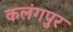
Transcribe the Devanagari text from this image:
कलंगपुर